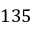
1 3 5